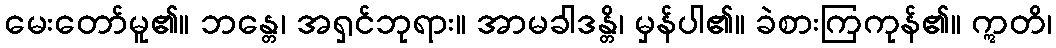
မေးတော်မူ၏။ ဘန္တေ၊ အရှင်ဘုရား။ အာမခါဒန္တိ၊ မှန်ပါ၏။ ခဲစားကြကုန်၏။ ဣတိ၊